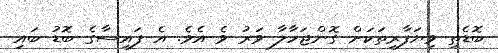
ބޮޑެތި ވިޔަފާރިތަކަށް ގޮންޖަހާލާ ވަރު ވެ އެވެ. އެ ފައިސާގެ ބޮޑު ބައި